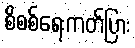
စိစစ်ရေးကတ်ပြား